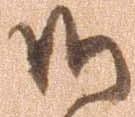
御